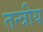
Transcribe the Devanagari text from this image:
तन्त्रीय